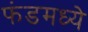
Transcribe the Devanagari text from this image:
फंडमध्ये